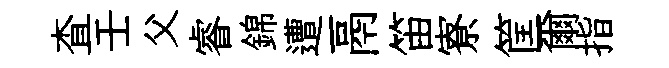
查壬父睿錦遭鬲笛寮筐爾指